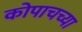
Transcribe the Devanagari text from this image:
कोपाचच्या